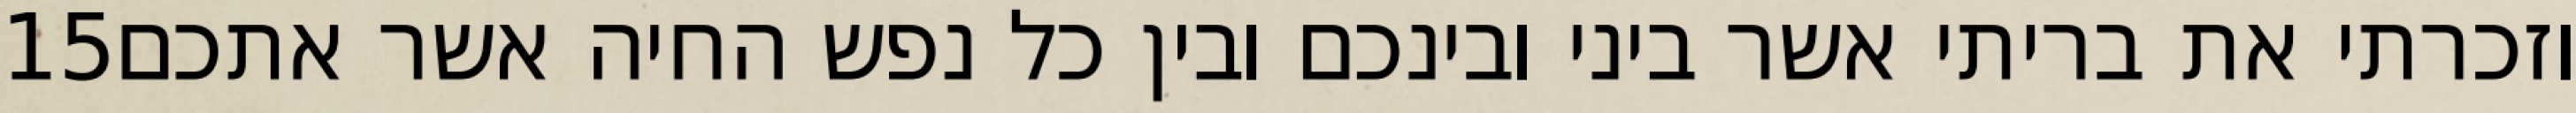
‎15‏ וזכרתי את בריתי אשר ביני ובינכם ובין כל נפש החיה אשר אתכם